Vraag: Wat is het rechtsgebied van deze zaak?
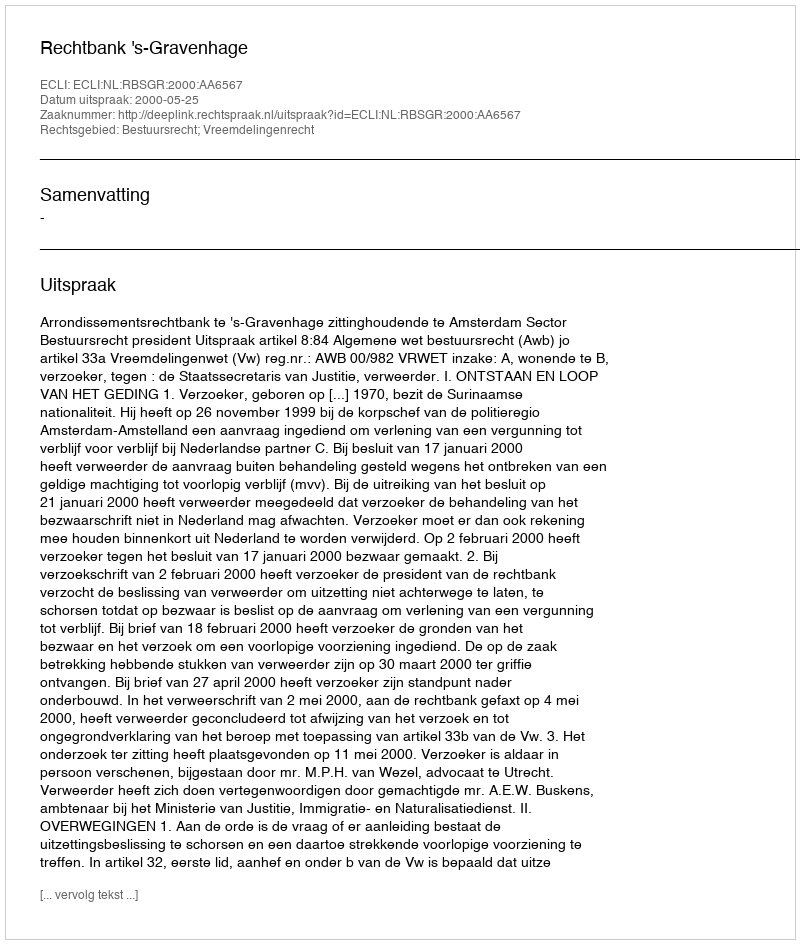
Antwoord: Bestuursrecht; Vreemdelingenrecht